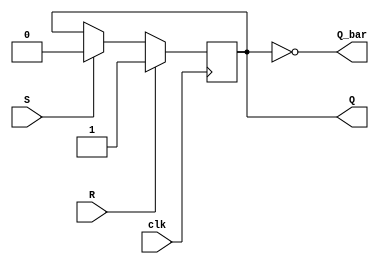
module sr_flip_flop (
    input wire S,
    input wire R,
    input wire clk,
    output reg Q,
    output reg Q_bar
);

reg master_latch;
reg slave_latch;

always @(posedge clk) begin
    if (R) begin
        master_latch <= 0;
        slave_latch <= 1;
    end else if (S) begin
        master_latch <= 1;
        slave_latch <= 0;
    end
end

assign Q = slave_latch;
assign Q_bar = ~slave_latch;

endmodule